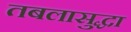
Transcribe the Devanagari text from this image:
तबलासुद्धा